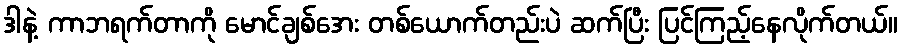
ဒါနဲ့ ကာဘရက်တာကို မောင်ချစ်အေး တစ်ယောက်တည်းပဲ ဆက်ပြီး ပြင်ကြည့်နေလိုက်တယ်။